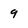
Character: 9